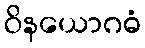
ဝိနယောဂဓံ